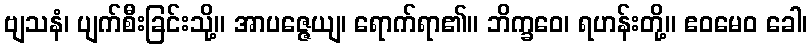
ဗျသနံ၊ ပျက်စီးခြင်းသို့။ အာပဇ္ဇေယျ၊ ရောက်ရာ၏။ ဘိက္ခဝေ၊ ရဟန်းတို့။ ဧဝမေဝ ခေါ၊